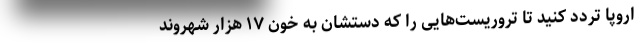
اروپا تردد کنید تا تروریست‌هایی را که دستشان به خون ١٧ هزار شهروند